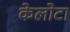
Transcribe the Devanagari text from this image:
केलोटा